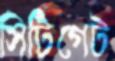
সিটিগেট